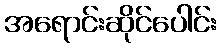
အရောင်းဆိုင်ပေါင်း